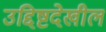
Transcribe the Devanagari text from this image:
उद्दिष्टदेखील